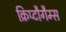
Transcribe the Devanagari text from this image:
क्रिप्टौगैम्स